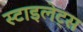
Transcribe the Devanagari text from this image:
स्टाइलेट्स